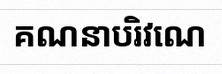
គណនាបរិវេណ